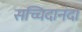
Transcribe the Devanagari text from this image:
सच्चिदानंदा